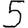
Digit: 5